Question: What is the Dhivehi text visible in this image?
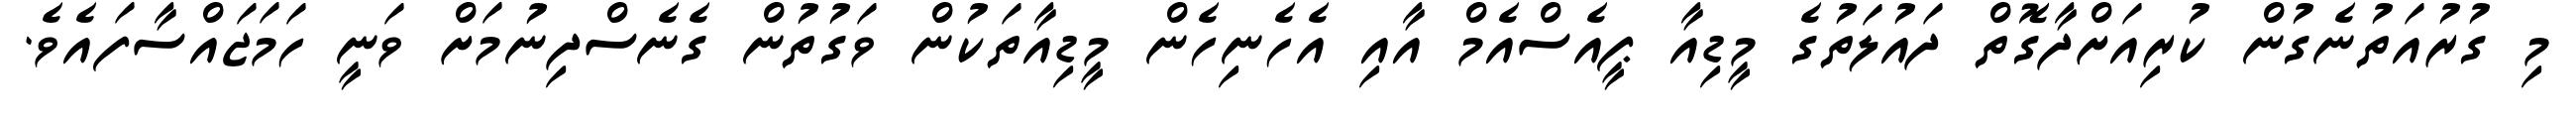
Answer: މި ގުރުއަތުނެގުން ކުރިއަށްދާގޮތް ދައުލަތުގެ މީޑިއާ ޕީއެސްއެމް އާއި އެހެނިހެން މީޑިއާތަކުން ވަގުތުން ގެނެސްދިނުމަށް ވަނީ ހަމަޖައްސާފައެވެ.